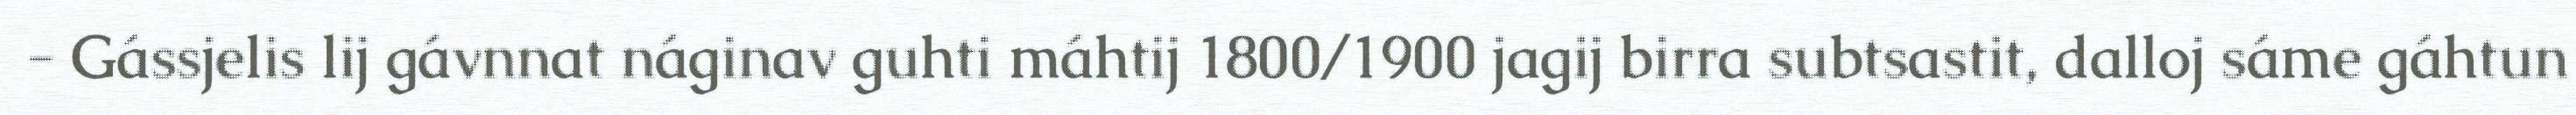
- Gássjelis lij gávnnat náginav guhti máhtij 1800/1900 jagij birra subtsastit, dalloj sáme gáhtun